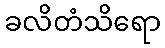
ခလိတံသိရော